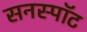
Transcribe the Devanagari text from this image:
सनस्पॉट